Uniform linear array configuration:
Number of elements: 64
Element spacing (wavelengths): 0.5
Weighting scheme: hamming
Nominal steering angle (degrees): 60
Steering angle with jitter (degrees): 61.558
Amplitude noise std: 0.05
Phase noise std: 0.05

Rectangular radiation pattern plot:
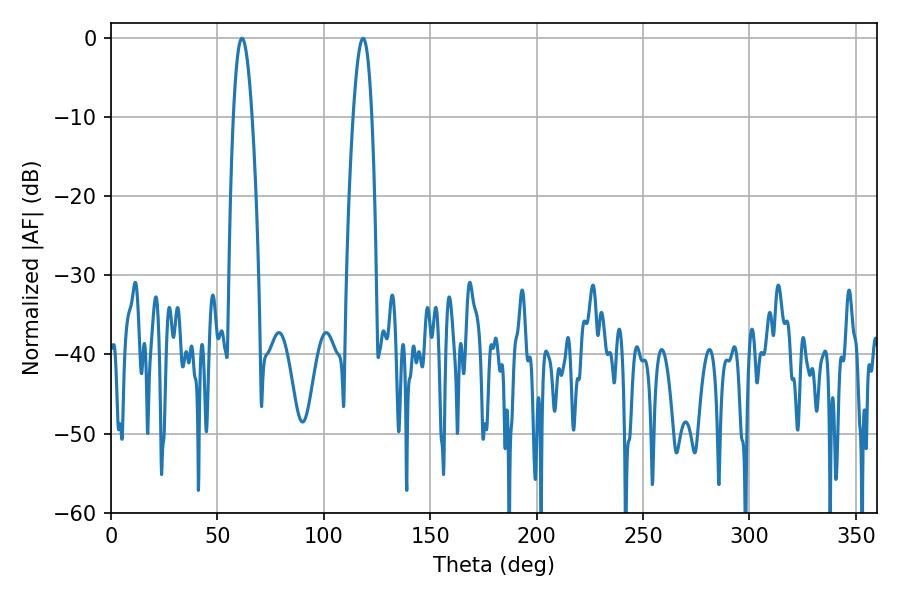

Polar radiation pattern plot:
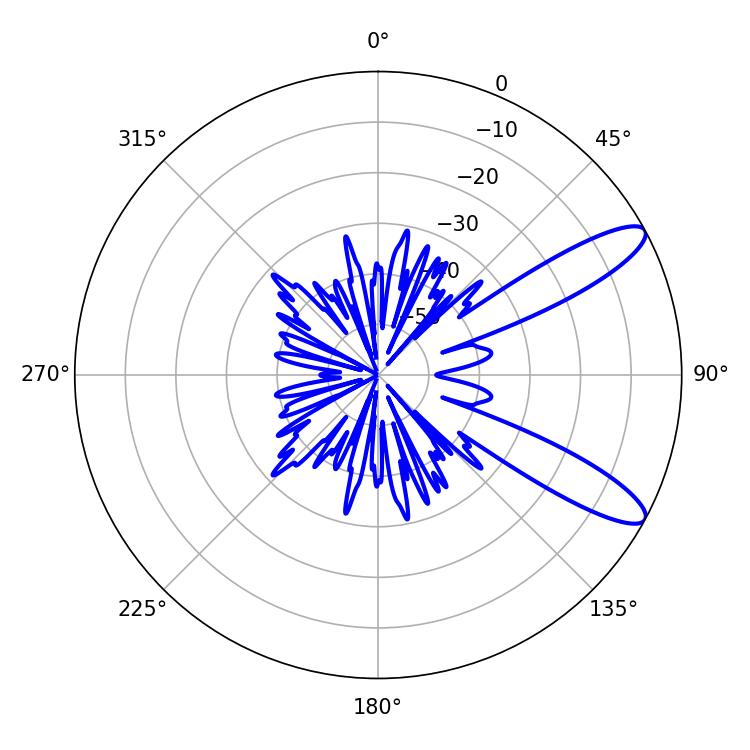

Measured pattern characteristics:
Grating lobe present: FALSE
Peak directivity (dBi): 10.944
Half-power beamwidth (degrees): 4.86
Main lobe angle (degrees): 61.56